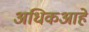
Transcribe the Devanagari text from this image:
अधिकआहे